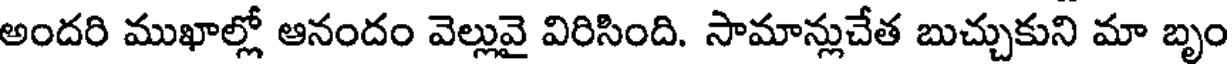
అందరి ముఖాల్లో ఆనందం వెల్లువై విరిసింది. సామాన్లుచేత బుచ్చుకుని మా బృం